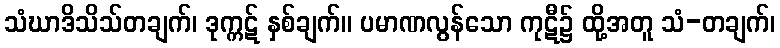
သံဃာဒိသိသ်တချက်၊ ဒုက္ကဋ် နှစ်ချက်။ ပမာဏလွန်သော ကုဋီ၌ ထို့အတူ သံ-တချက်၊